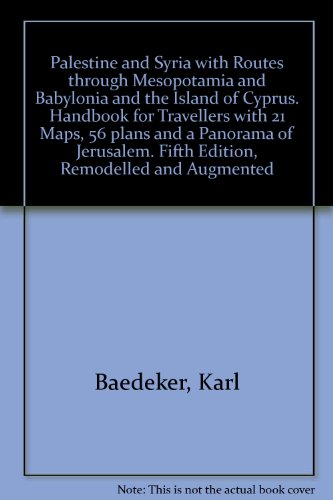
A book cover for Palestine and Syria: With Routes Through Mesopotamia and Babylonia and the Island of Cyprus: Handbook For Travellers; with 21 Maps, 56 plans, and a Panorama of Jerusalem - Fifth Edition, Remodelled and Augmented; Karl Baedeker; Travel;